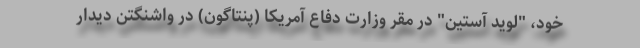
خود، "لوید آستین" در مقر وزارت دفاع آمریکا (پنتاگون) در واشنگتن دیدار